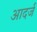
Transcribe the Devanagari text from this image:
आदर्ज